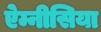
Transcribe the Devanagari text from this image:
ऐम्नीसिया